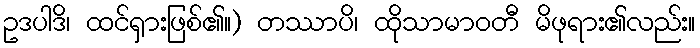
ဥဒပါဒိ၊ ထင်ရှားဖြစ်၏။) တဿာပိ၊ ထိုသာမာဝတီ မိဖုရား၏လည်း။